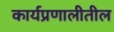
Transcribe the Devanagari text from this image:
कार्यप्रणालीतील